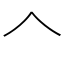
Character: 𠆢